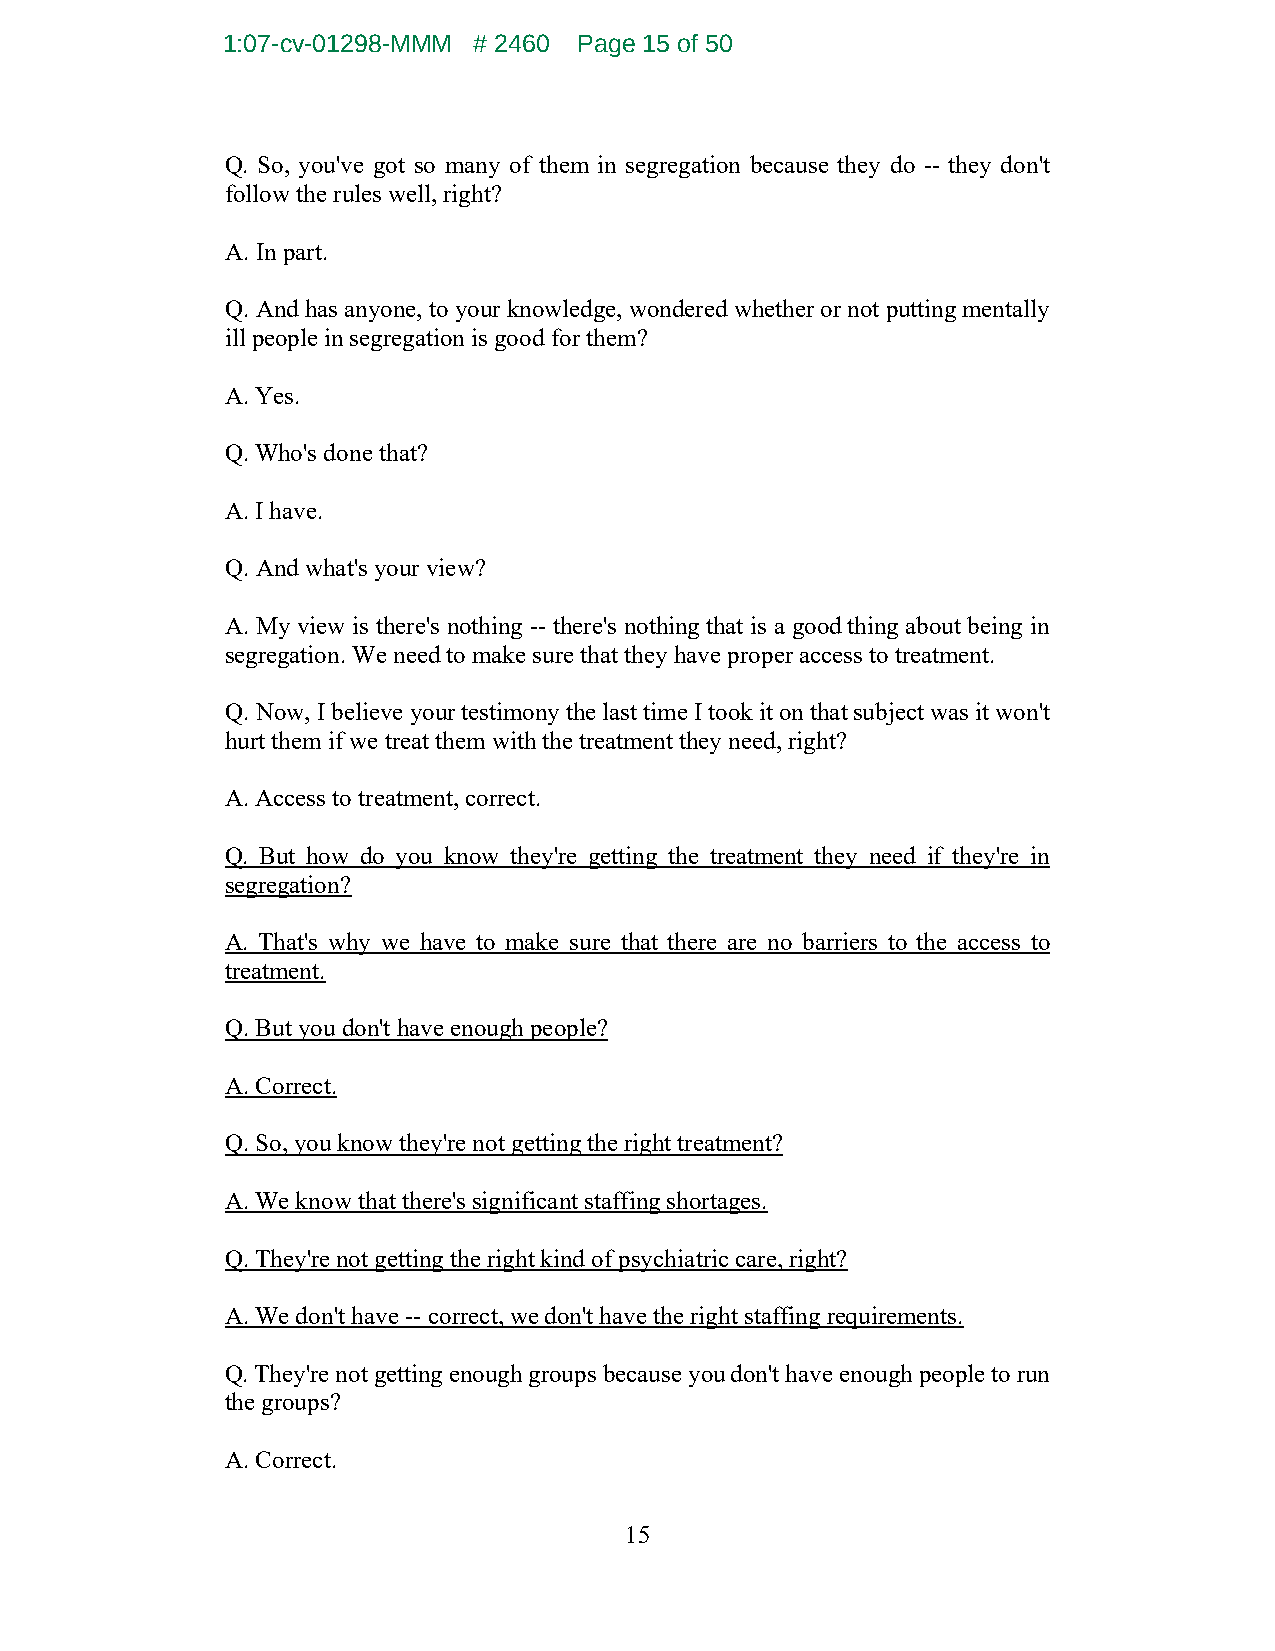
1:07-cv-01298-MMM # 2460 Page 15 of 50
 Q. So, you've got so many of them in segregation because they do -- they don't
 follow the rules well, right?
 A. In part.
 Q. And has anyone, to your knowledge, wondered whether or not putting mentally
 ill people in segregation is good for them?
 A. Yes.
 Q. Who's done that?
 A. I have.
 Q. And what's your view?
 A. My view is there's nothing -- there's nothing that is a good thing about being in
 segregation. We need to make sure that they have proper access to treatment.
 Q. Now, I believe your testimony the last time I took it on that subject was it won't
 hurt them if we treat them with the treatment they need, right?
 A. Access to treatment, correct.
 Q. But how do you know they're getting the treatment they need if they're in
 segregation?
 A. That's why we have to make sure that there are no barriers to the access to
 treatment.
 Q. But you don't have enough people?
 A. Correct.
 Q. So, you know they're not getting the right treatment?
 A. We know that there's significant staffing shortages.
 Q. They're not getting the right kind of psychiatric care, right?
 A. We don't have -- correct, we don't have the right staffing requirements.
 Q. They're not getting enough groups because you don't have enough people to run
 the groups?
 A. Correct.
 15